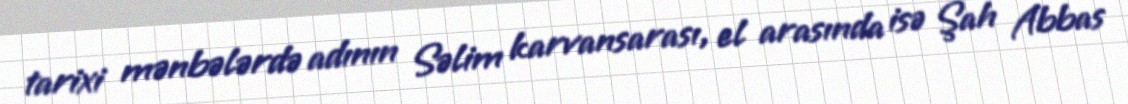
tarixi mənbələrdə adının Səlim karvansarası, el arasında isə Şah Abbas